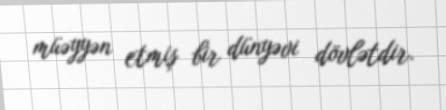
müəyyən etmiş bir dünyəvi dövlətdir.